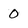
Character: 0